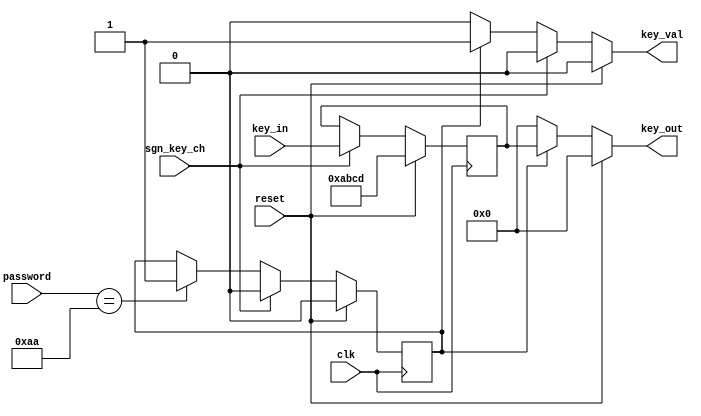
`timescale 1ns/1ps

module container #(parameter PASSWORD_CHEK = 8'b10101010)(
	input wire 		clk,
	input wire 		reset,
	input wire 		sgn_key_ch,
	input wire [127:0]	key_in,
	
	input wire [7:0] 	password,

	output wire [127:0]	key_out,
	output wire		key_val
);

reg [127:0] 	key;
reg 		license;

always @(posedge clk)
	license <= 		reset ? 1'b0 :
					sgn_key_ch 			? 1'b0 :
		   				(password == PASSWORD_CHEK) 	? 1'b1 : license;	


always @(posedge clk)
	key <= 		reset ? 128'habcd:
				sgn_key_ch ? key_in : key;

assign	key_out =   reset	? 128'b0 	:
		    license     ? key 		: 128'b0;


assign key_val  =   reset 	? 1'b0  :
		    sgn_key_ch  ? 1'b0  :
		    license 	? 1'b1 	: 1'b0;
	

endmodule